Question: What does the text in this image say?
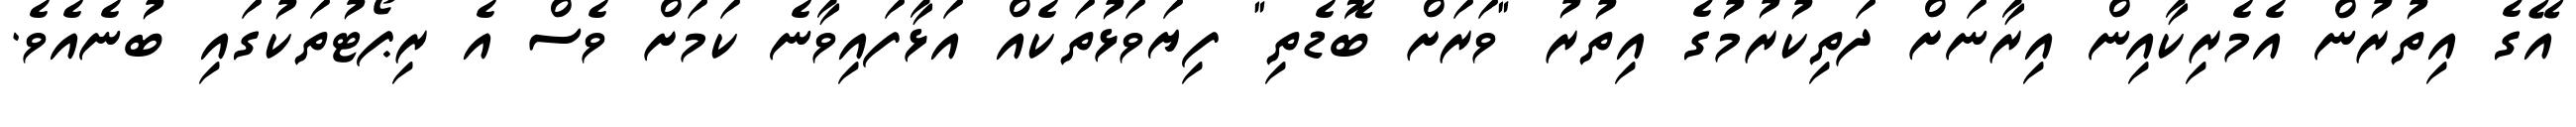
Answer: އޭގެ އިތުރުން އެމެރިކާއިން އިރާނަށް ދަތިކުރުމުގެ އިތުރު "ވަރަށް ބޮޑެތި" ފިޔަވަޅުތަކެއް އަޅާފައިވާނެ ކަމަށް ވެސް އެ ރިޕޯޓުތަކުގައި ބުނެއެވެ.